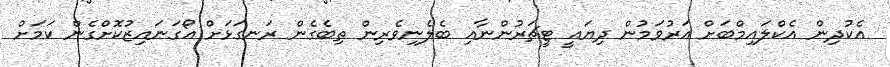
އެކުދިން އެކްލައިމްބަށް އަރުވަމުން ދިޔައީ ޓީޗަރުންނާއި ބެލެނިވެރިން ތިބެގެން ރަނގަޅަށް އޯގަނައިޒުކޮށްގެން ކަމަށް